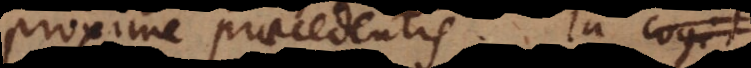
proxime praecedentis. In cogit